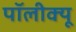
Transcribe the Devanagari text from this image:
पॉलीक्यू